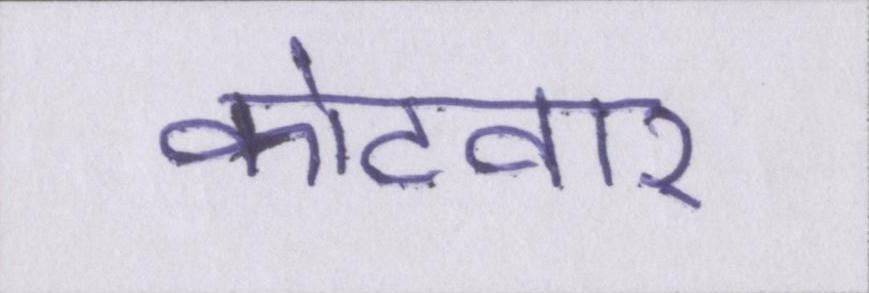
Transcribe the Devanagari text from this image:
कोटवार